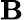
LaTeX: \mathrm{\mathbf B}